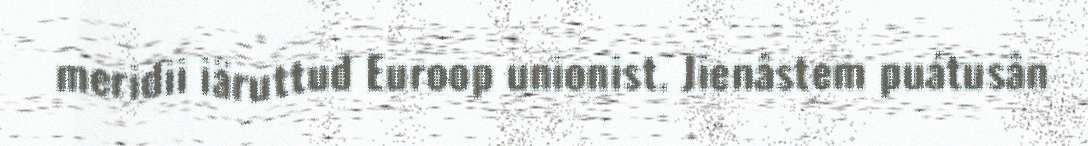
meridii iäruttuđ Euroop unionist. Jienâstem puátusân